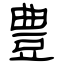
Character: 豊